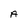
Character: A